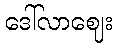
ဒေါ်လာဈေး